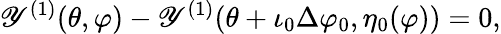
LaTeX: \mathscr{Y}^{(1)}(\theta,\varphi)-\mathscr{Y}^{(1)}(\theta+\iota_{0}\Delta\varphi_{0},\eta_{0}(\varphi))=0,